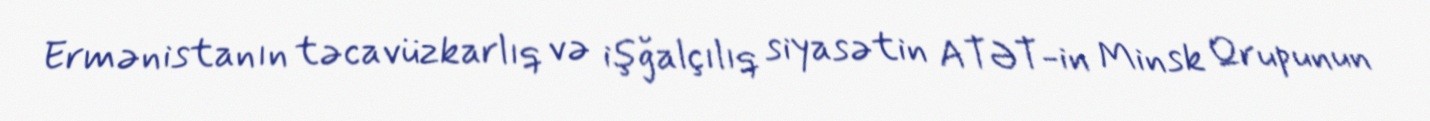
Ermənistanın təcavüzkarlıq və işğalçılıq siyasətin ATƏT-in Minsk Qrupunun